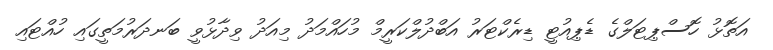
އަތޮޅު ހޮސްޕިޓަލްގެ ޑެޕިއުޓީ ޑިރެކްޓަރު އަބްދުލްކަރީމް މުހައްމަދު މިއަދު ވިދާޅުވީ ބަނދަރުމަތީގައި ހުއްޓައި